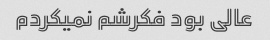
عالی بود فکرشم نمیکردم